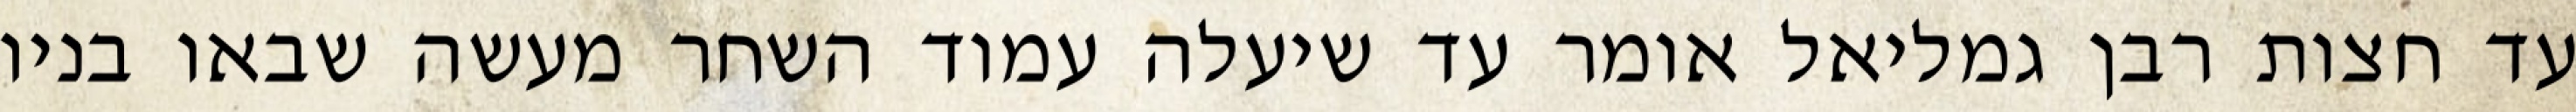
עד חצות רבן גמליאל אומר עד שיעלה עמוד השחר מעשה שבאו בניו